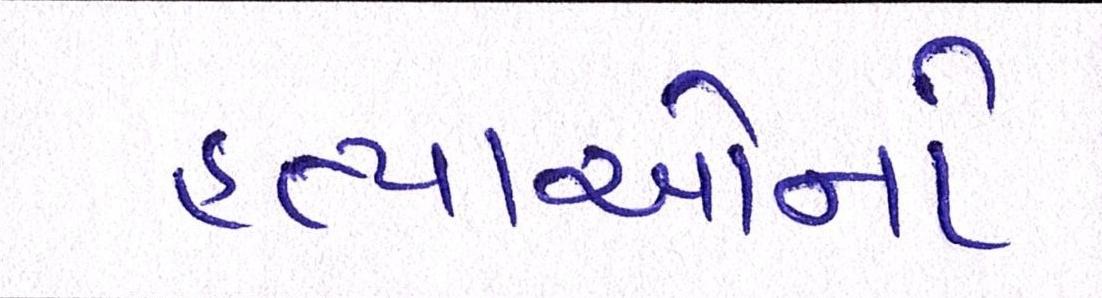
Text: હત્યાઓનો